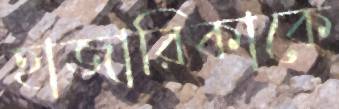
হাজারিকাকে